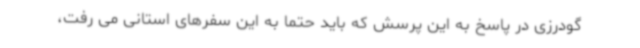
گودرزی در پاسخ به این پرسش که باید حتما به این سفرهای استانی می رفت،